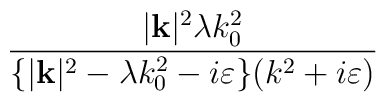
\frac{|\mathbf{k}|^{2}\lambda k_{0}^{2}}{\{|\mathbf{k}|^{2}-\lambda k_{0}^{2}-i\varepsilon \}(k^{2}+i\varepsilon )}